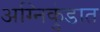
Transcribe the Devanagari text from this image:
अग्निकुंडात